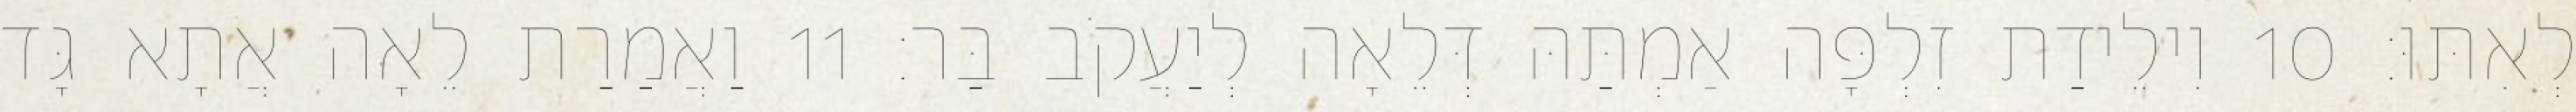
לְאִתּוּ׃ 10 וִילֵידַת זִלְפָּה אַמְתַּהּ דְּלֵאָה לְיַעֲקֹב בַּר׃ 11 וַאֲמַרַת לֵאָה אֲתָא גָּד